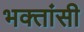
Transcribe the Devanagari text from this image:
भक्तांसी